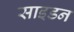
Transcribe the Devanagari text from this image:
साइडन